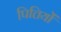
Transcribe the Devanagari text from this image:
पित्तियों